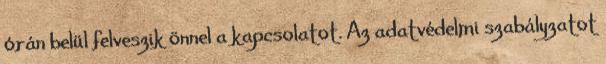
órán belül felveszik önnel a kapcsolatot. Az adatvédelmi szabályzatot